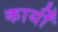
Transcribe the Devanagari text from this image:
कार्योंं